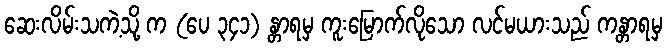
ဆေးလိမ်းသကဲ့သို့ က (ပေ ၃၄၁) န္တာရမှ ကူးမြောက်လိုသော လင်မယားသည် ကန္တာရမှ